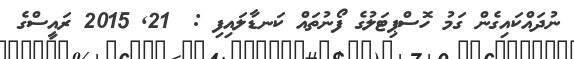
ނުދައްކައިގެން ގަމު ހޮސްޕިޓަލުގެ ފޯނުތައް ކަނޑާލައިފި :  21